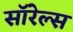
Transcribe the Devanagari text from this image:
सॉरेल्स